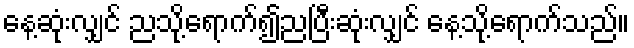
နေ့ဆုံးလျှင် ညသို့ရောက်၍ညပြီးဆုံးလျှင် နေ့သို့ရောက်သည်။